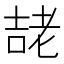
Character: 𭈱